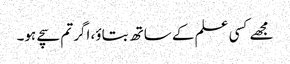
مجھے کسی علم کے ساتھ بتاؤ، اگر تم سچے ہو۔